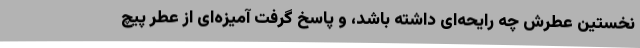
نخستین عطرش چه رایحه‌ای داشته باشد، و پاسخ گرفت آمیزه‌ای از عطر پیچ